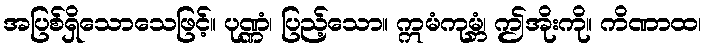
အပြစ်ရှိသောသေဖြင့်။ ပုဏ္ဏံ၊ ပြည့်သော။ ဣမံကုမ္ဘံ၊ ဤအိုးကို။ ကိဏာထ၊